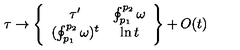
\tau \to \left\{ \begin{array} { c c } { \tau ^ { \prime } } & { \oint _ { p _ { 1 } } ^ { p _ { 2 } } \omega } \\ { ( \oint _ { p _ { 1 } } ^ { p _ { 2 } } \omega ) ^ { t } } & { \ln t } \\ \end{array} \right\} + O ( t )